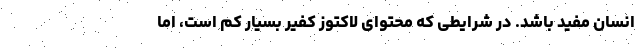
انسان مفید باشد. در شرایطی که محتوای لاکتوز کفیر بسیار کم است، اما